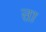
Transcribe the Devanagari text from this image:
त्ता